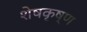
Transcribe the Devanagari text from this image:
शेषकृष्ण